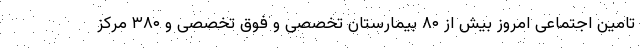
تامین اجتماعی امروز بیش از ۸۰ بیمارستان تخصصی و فوق تخصصی و ۳۸۰ مرکز